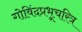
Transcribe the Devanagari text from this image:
गोविंदप्रभूचरित्र